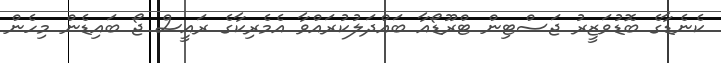
ކެނެޑާގެ ބޮޑުވަޒީރު ޖަސްޓިން ޓްރޫޑޯއާ ބައްދަލުކުރައްވާ އެމެރިކާގެ ރައީސް ޖޯ ބައިޑެން މިހެން